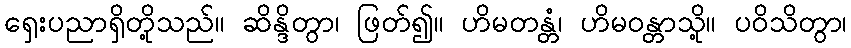
ရှေးပညာရှိတို့သည်။ ဆိန္ဒိတွာ၊ ဖြတ်၍။ ဟိမတန္တံ၊ ဟိမဝန္တာသို့။ ပဝိသိတွာ၊